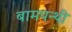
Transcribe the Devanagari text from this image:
बामपन्थी